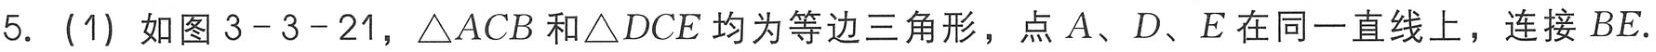
5. (1) 如图3 - 3 - 21，\(\triangle ACB\)和\(\triangle DCE\)均为等边三角形，点\(A\)、\(D\)、\(E\)在同一直线上，连接\(BE\).